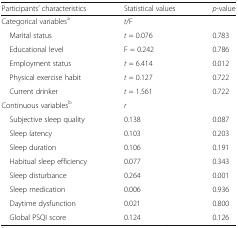
<table><thead><tr><td><b>Participants’ characteristics</b></td><td><b>Statistical values</b></td><td><b><i>p</i>-value</b></td></tr></thead><tbody><tr><td>Categorical variables<sup>a</sup></td><td><i>t</i>/F</td><td></td></tr><tr><td> Marital status</td><td><i>t</i> = 0.076</td><td>0.783</td></tr><tr><td> Educational level</td><td>F = 0.242</td><td>0.786</td></tr><tr><td> Employment status</td><td><i>t</i> = 6.414</td><td>0.012</td></tr><tr><td> Physical exercise habit</td><td><i>t</i> = 0.127</td><td>0.722</td></tr><tr><td> Current drinker</td><td><i>t</i> = 1.561</td><td>0.722</td></tr><tr><td>Continuous variables<sup>b</sup></td><td><i>r</i></td><td></td></tr><tr><td> Subjective sleep quality</td><td>0.138</td><td>0.087</td></tr><tr><td> Sleep latency</td><td>0.103</td><td>0.203</td></tr><tr><td> Sleep duration</td><td>0.106</td><td>0.191</td></tr><tr><td> Habitual sleep efficiency</td><td>0.077</td><td>0.343</td></tr><tr><td> Sleep disturbance</td><td>0.264</td><td>0.001</td></tr><tr><td> Sleep medication</td><td>0.006</td><td>0.936</td></tr><tr><td> Daytime dysfunction</td><td>0.021</td><td>0.800</td></tr><tr><td> Global PSQI score</td><td>0.124</td><td>0.126</td></tr></tbody></table>